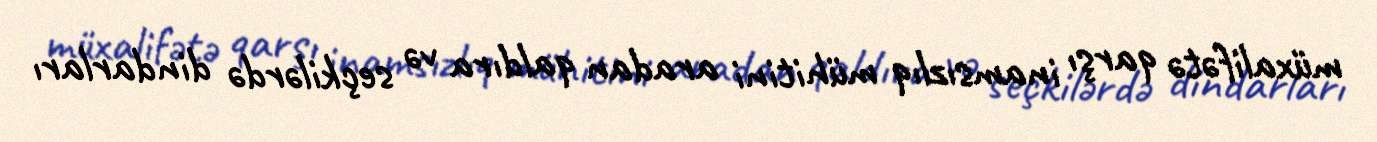
müxalifətə qarşı inamsızlıq mühitini aradan qaldıra və seçkilərdə dindarları